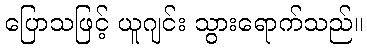
ပြောသဖြင့် ယူဂျင်း သွားရောက်သည်။